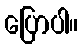
ပြောပါ။